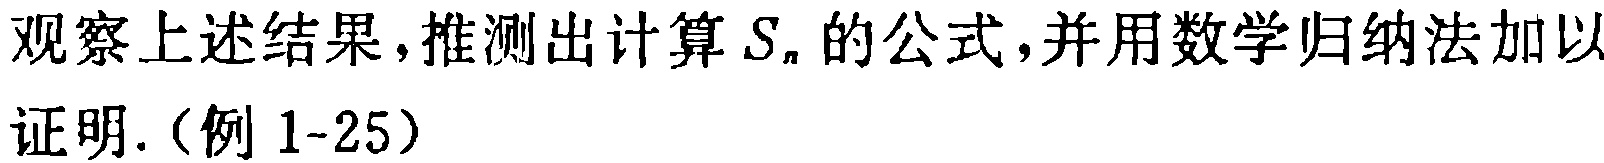
观察上述结果，推测出计算\(S_{n}\)的公式，并用数学归纳法加以证明.（例1-25）